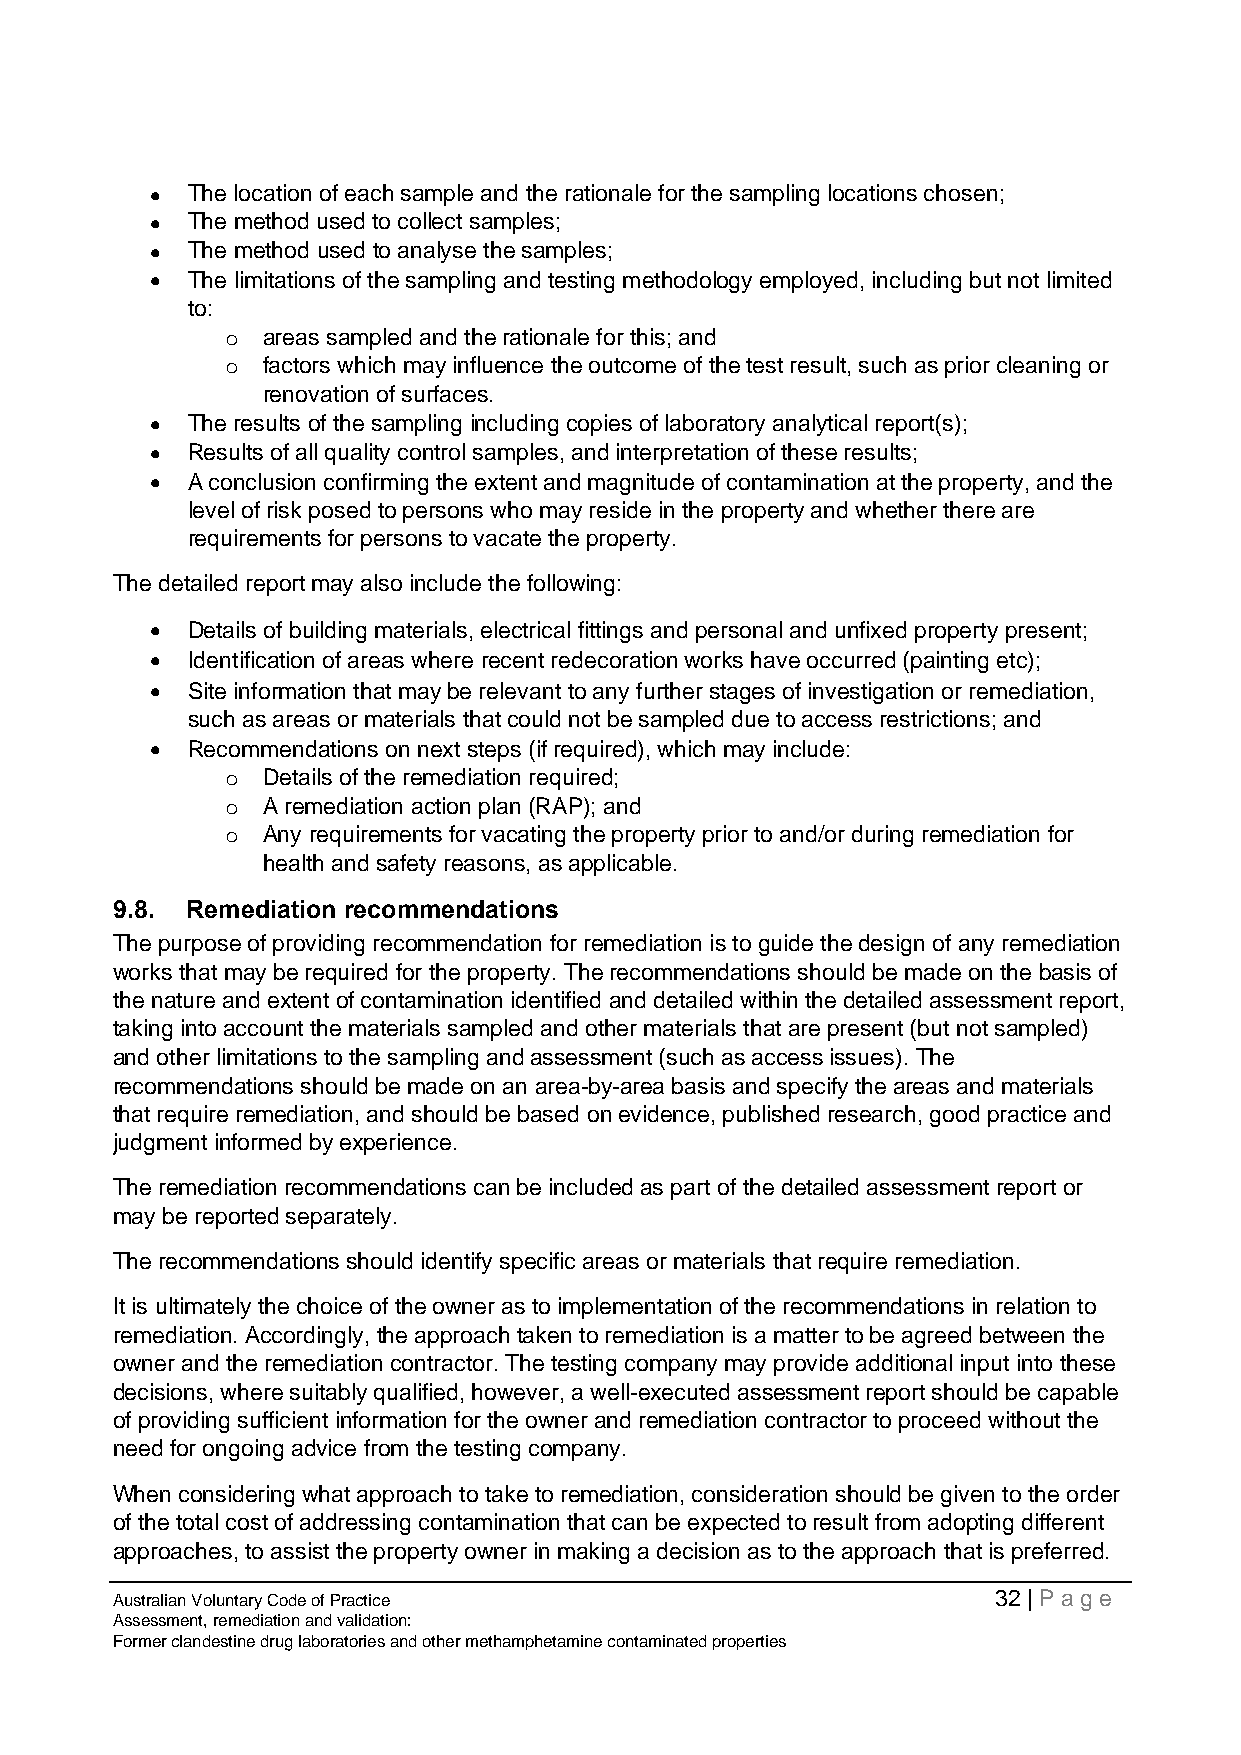
• The location of each sample and the rationale for the sampling locations chosen;
 • The method used to collect samples;
 • The method used to analyse the samples;
 • The limitations of the sampling and testing methodology employed, including but not limited
 to:
 o areas sampled and the rationale for this; and
 o factors which may influence the outcome of the test result, such as prior cleaning or
 renovation of surfaces.
 • The results of the sampling including copies of laboratory analytical report(s);
 • Results of all quality control samples, and interpretation of these results;
 • A conclusion confirming the extent and magnitude of contamination at the property, and the
 level of risk posed to persons who may reside in the property and whether there are
 requirements for persons to vacate the property.
 The detailed report may also include the following:
 • Details of building materials, electrical fittings and personal and unfixed property present;
 • Identification of areas where recent redecoration works have occurred (painting etc);
 • Site information that may be relevant to any further stages of investigation or remediation,
 such as areas or materials that could not be sampled due to access restrictions; and
 • Recommendations on next steps (if required), which may include:
 o Details of the remediation required;
 o A remediation action plan (RAP); and
 o Any requirements for vacating the property prior to and/or during remediation for
 health and safety reasons, as applicable.
 9.8. Remediation recommendations
 The purpose of providing recommendation for remediation is to guide the design of any remediation
 works that may be required for the property. The recommendations should be made on the basis of
 the nature and extent of contamination identified and detailed within the detailed assessment report,
 taking into account the materials sampled and other materials that are present (but not sampled)
 and other limitations to the sampling and assessment (such as access issues). The
 recommendations should be made on an area-by-area basis and specify the areas and materials
 that require remediation, and should be based on evidence, published research, good practice and
 judgment informed by experience.
 The remediation recommendations can be included as part of the detailed assessment report or
 may be reported separately.
 The recommendations should identify specific areas or materials that require remediation.
 It is ultimately the choice of the owner as to implementation of the recommendations in relation to
 remediation. Accordingly, the approach taken to remediation is a matter to be agreed between the
 owner and the remediation contractor. The testing company may provide additional input into these
 decisions, where suitably qualified, however, a well-executed assessment report should be capable
 of providing sufficient information for the owner and remediation contractor to proceed without the
 need for ongoing advice from the testing company.
 When considering what approach to take to remediation, consideration should be given to the order
 of the total cost of addressing contamination that can be expected to result from adopting different
 approaches, to assist the property owner in making a decision as to the approach that is preferred.
 Australian Voluntary Code of Practice                      32 | Page
 Assessment, remediation and validation:
 Former clandestine drug laboratories and other methamphetamine contaminated properties